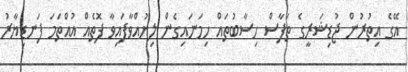
އޭގެ އިތުރުން ޖުޑިޝަރީގެ ތަފާސް ހިސާބުތައް ހިމަނައިގެން ލިޔުއްވާފައިވާ ފޮތެއް އުއްތަމަ ފަނޑިޔާރު